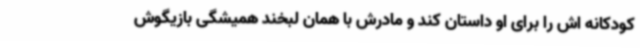
کودکانه اش را برای او داستان کند و مادرش با همان لبخند همیشگی بازیگوش